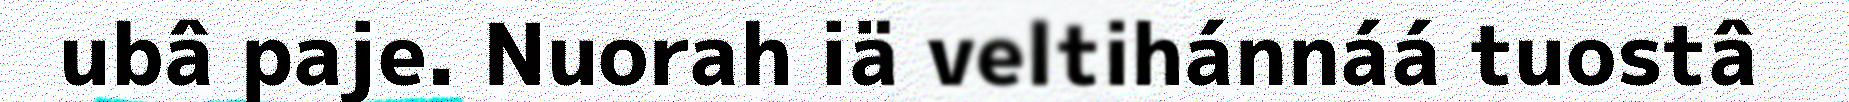
ubâ paje. Nuorah iä veltihánnáá tuostâ